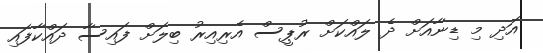
އަދި މި ޑިނާއަށް ދެ ލައްކަށް ރުޕީސް އެރިއިރު ބިލަށް ފައިސާ ދައްކާފައި